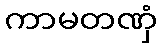
ကာမတဏှံ